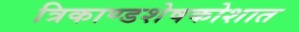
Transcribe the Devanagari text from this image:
त्रिकाण्डशेषकोशात